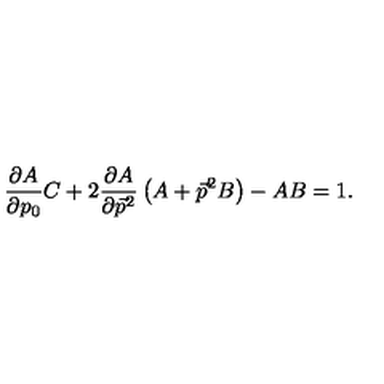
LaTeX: \frac { \partial A } { \partial p _ { 0 } } C + 2 \frac { \partial A } { \partial \vec { p } { } ^ { 2 } } \left( A + \vec { p } { } ^ { 2 } B \right) - A B = 1 .